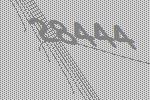
28444